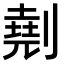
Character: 𠟋